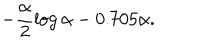
LaTeX: - \frac { \alpha } { 2 } \log \alpha - 0 . 7 0 5 \alpha .